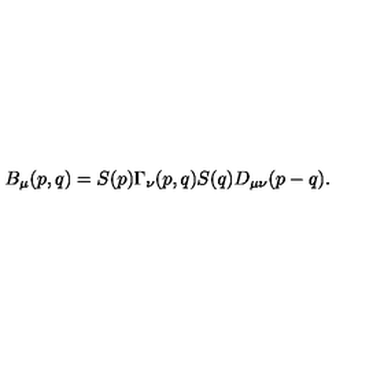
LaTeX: B _ { \mu } ( p , q ) = S ( p ) \Gamma _ { \nu } ( p , q ) S ( q ) D _ { \mu \nu } ( p - q ) .